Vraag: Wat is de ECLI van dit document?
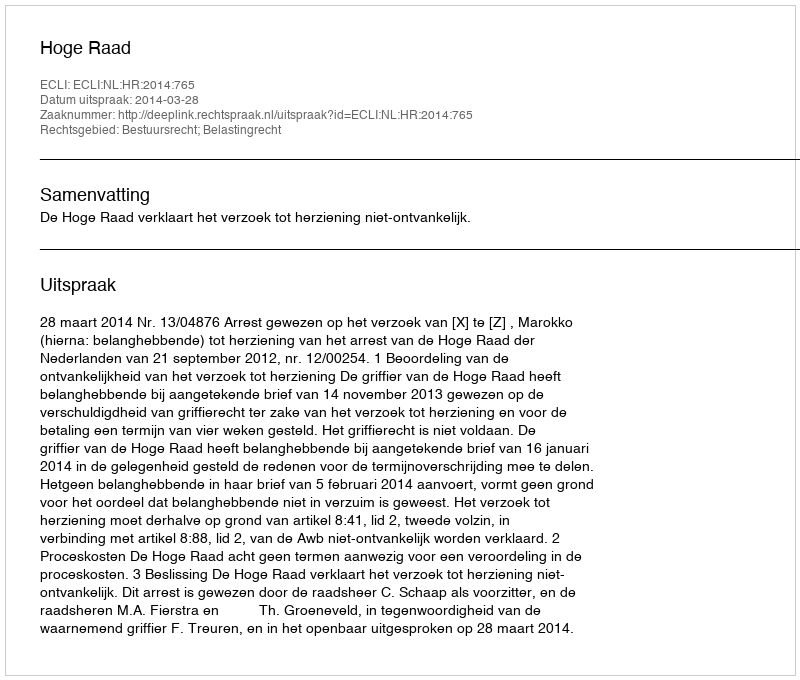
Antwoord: ECLI:NL:HR:2014:765